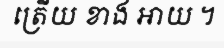
ត្រើយ ខាង អាយ ។